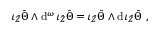
\iota _ { \bar { Z } } \bar { \Theta } \wedge \mathrm { d } ^ { \omega } \, \iota _ { \bar { Z } } \bar { \Theta } = \iota _ { \bar { Z } } \bar { \Theta } \wedge \mathrm { d } \, \iota _ { \bar { Z } } \bar { \Theta } \ ,